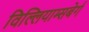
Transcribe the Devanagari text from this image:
विल्लियाम्सबेर्ग